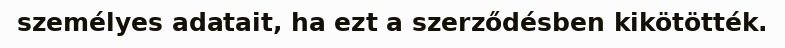
személyes adatait, ha ezt a szerződésben kikötötték.